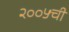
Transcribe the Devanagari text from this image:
२००५ची